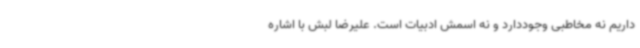
داریم نه مخاطبی وجوددارد و نه اسمش ادبیات است. علیرضا لبش با اشاره